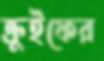
ক্রুইফের